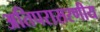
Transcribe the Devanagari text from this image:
अतिपरासरणीय